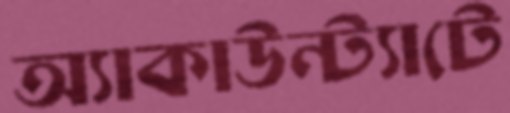
অ্যাকাউন্ট্যাটে